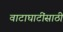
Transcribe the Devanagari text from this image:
वाटाघाटींसाठी